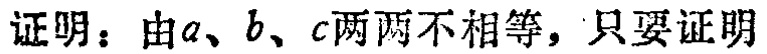
证明：由\(a\)、\(b\)、\(c\)两两不相等，只要证明